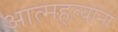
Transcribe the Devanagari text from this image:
आत्महत्यांना